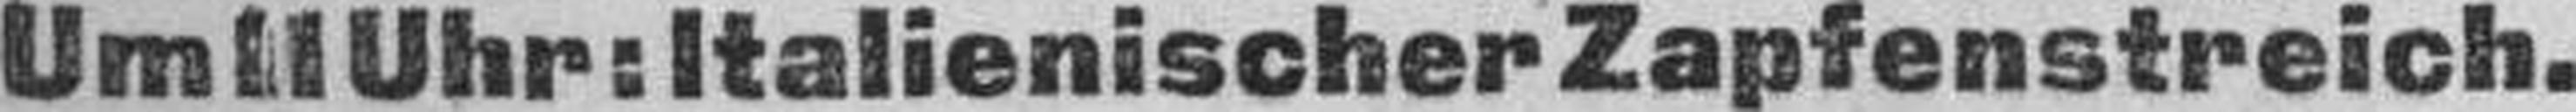
Um 11 Uhr: Italienischer Zapfenstreich.